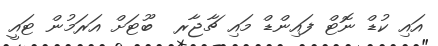
އައި ކުޑް ނޮޓް ފައިންޑް މައި ޗާޖާރ  ބޫޓަށް އަރަމުން ޓައީ